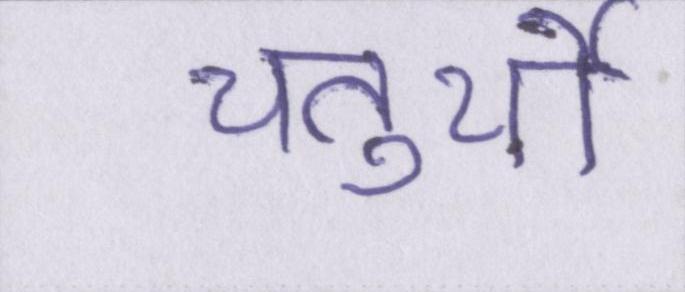
चतुर्थी